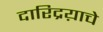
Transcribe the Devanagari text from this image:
दारिद्रय़ाचे